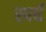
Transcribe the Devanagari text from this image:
स्पर्ध